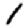
Digit: 1